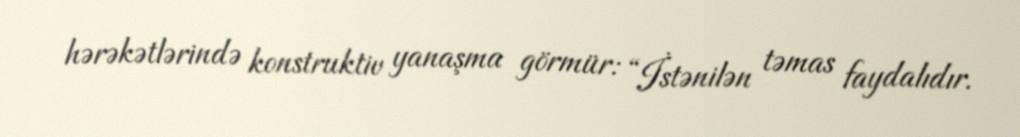
hərəkətlərində konstruktiv yanaşma görmür: “İstənilən təmas faydalıdır.